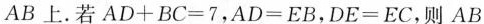
AB上。若$$A D + B C = 7$$，$$A D = E B$$，$$D E = E C$$，则AB